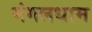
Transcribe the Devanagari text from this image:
मंगलधाम